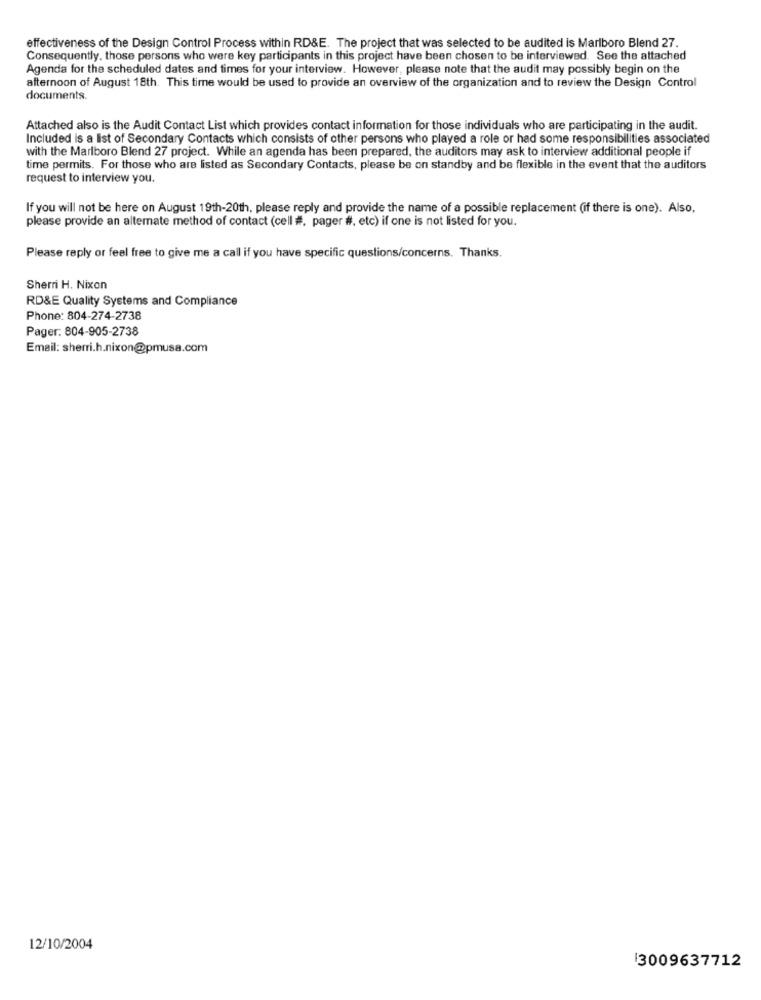
effectiveness of the Design Control Process within RD&E. The project that was selected to be audited is Marlboro Blend 27.
Consequently, those persons who were key participants in this project have been chosen to be interviewed. See the attached
Agenda for the scheduled dates and times for your interview. However, please note that the audit may possibly begin on the
afternoon of August 18th. This time would be used to provide an overview of the organization and to review the Design Control
documents.
Attached also is the Audit Contact List which provides contact information for those individuals who are participating in the audit.
Included is a list of Secondary Contacts which consists of other persons who played a role or had some responsibilities associated
with the Marlboro Blend 27 project. While an agenda has been prepared, the auditors may ask to interview additional people if
time permits. For those who are listed as Secondary Contacts, please be on standby and be flexible in the event that the auditors
request to interview you.
If you will not be here on August 19th-20th, please reply and provide the name of a possible replacement (if there is one). Also,
please provide an alternate method of contact (cell #, pager #, etc) if one is not listed for you.
Please reply or feel free to give me a call if you have specific questions/concerns. Thanks.
Sherri H. Nixon
RD&E Quality Systems and Compliance
Phone: 804-274-2738
Pager. 804-905-2738
Email: sherri.h.nixon@pmusa.com
12/10/2004
3009637712